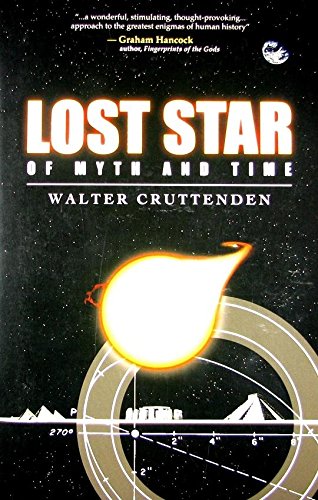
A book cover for Lost Star of Myth and Time; Walter Cruttenden; Religion & Spirituality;